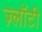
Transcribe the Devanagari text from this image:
ज़्लॉटी